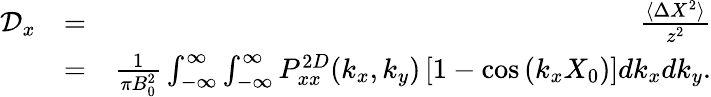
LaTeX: \begin{array}{rlr}{\mathcal{D}_{x}}&{=}&{\frac{\langle\Delta X^{2}\rangle}{z^{2}}}\\ &{=}&{\frac{1}{\pi B_{0}^{2}}\int_{-\infty}^{\infty}\int_{-\infty}^{\infty}P_{xx}^{2D}(k_{x},k_{y})\left[1-\cos\left(k_{x}X_{0}\right)\right]dk_{x}dk_{y}.}\end{array}